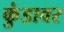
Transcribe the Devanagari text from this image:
कुंडावर